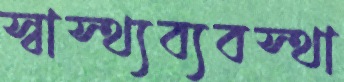
স্বাস্থ্যব্যবস্থা